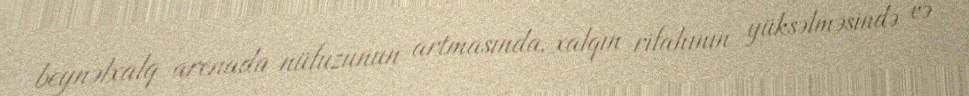
beynəlxalq arenada nüfuzunun artmasında, xalqın rifahının yüksəlməsində və